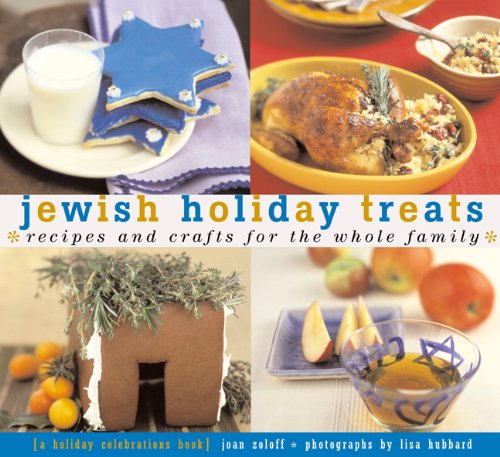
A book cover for Jewish Holiday Treats: Recipes and Crafts for the Whole Family (Treats: Just Great Recipes); Joan Zoloth; Cookbooks, Food & Wine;